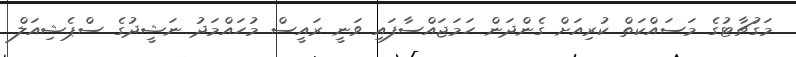
މަގުޗާޓުގެ މަސައްކަތް ކުރިއަށް ގެންދަން ހަމަޖައްސާފައި ވަނީ ރައީސް މުހައްމަދު ނަޝީދުގެ ސްޕެޝިއަލް